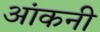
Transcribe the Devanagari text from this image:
आंकनी